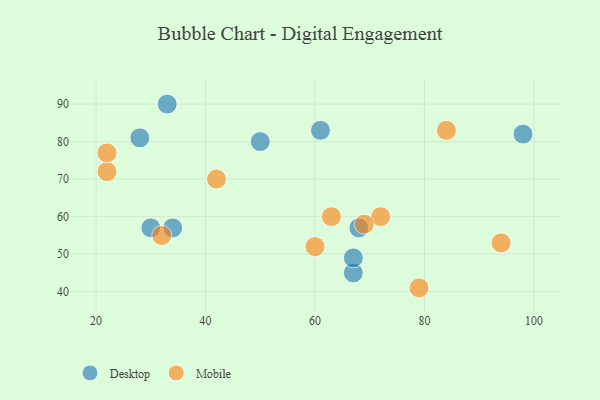
{"axis": {"x": "GDP", "y": "Life Expectancy"}, "legend": ["Desktop", "Mobile"], "data": [{"x": "30", "y": 57, "type": "Desktop"}, {"x": "68", "y": 57, "type": "Desktop"}, {"x": "98", "y": 82, "type": "Desktop"}, {"x": "28", "y": 81, "type": "Desktop"}, {"x": "67", "y": 45, "type": "Desktop"}, {"x": "61", "y": 83, "type": "Desktop"}, {"x": "67", "y": 49, "type": "Desktop"}, {"x": "50", "y": 80, "type": "Desktop"}, {"x": "33", "y": 90, "type": "Desktop"}, {"x": "34", "y": 57, "type": "Desktop"}, {"x": "63", "y": 60, "type": "Mobile"}, {"x": "79", "y": 41, "type": "Mobile"}, {"x": "94", "y": 53, "type": "Mobile"}, {"x": "72", "y": 60, "type": "Mobile"}, {"x": "84", "y": 83, "type": "Mobile"}, {"x": "42", "y": 70, "type": "Mobile"}, {"x": "69", "y": 58, "type": "Mobile"}, {"x": "32", "y": 55, "type": "Mobile"}, {"x": "22", "y": 72, "type": "Mobile"}, {"x": "60", "y": 52, "type": "Mobile"}, {"x": "22", "y": 77, "type": "Mobile"}]}